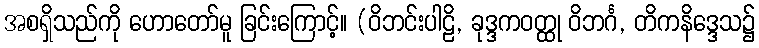
အစရှိသည်ကို ဟောတော်မူ ခြင်းကြောင့်။ (ဝိဘင်းပါဠိ, ခုဒ္ဒကဝတ္ထု ဝိဘင်္ဂ, တိကနိဒ္ဒေသ၌